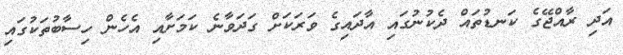
އަދި ރާއްޖޭގެ ކަނޑުތައް ދެކުނުގައި އާދައިގެ ވަރަކަށް ގަދަވާނެ ކަމަށާއި އެހެން ހިސާބުތަކުގައި